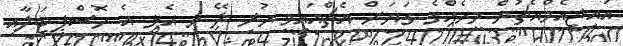
އައިޖީއެމްއެޗުން މީހެއްގެ ގަޔަށް އެޗްއައިވީ ހުރި ލޭ މި އެޅީ އެ ހޮސްޕިޓަލާއި